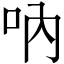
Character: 吶